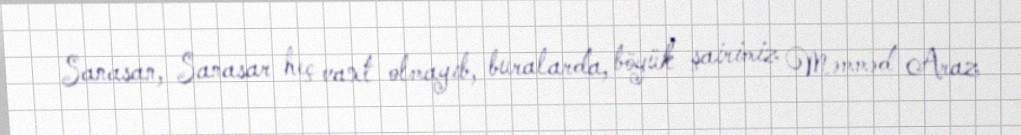
Sanasan, Sanasar heç vaxt olmayıb, buralarda, böyük şairimiz Məmməd Araz